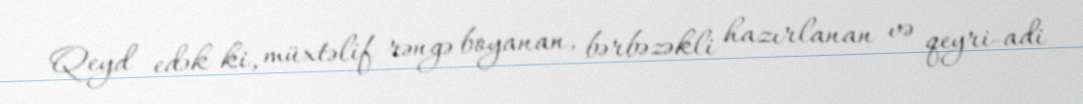
Qeyd edək ki, müxtəlif rəngə boyanan, bərbəzəkli hazırlanan və qeyri-adi